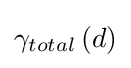
\gamma _{total}\left(d\right)